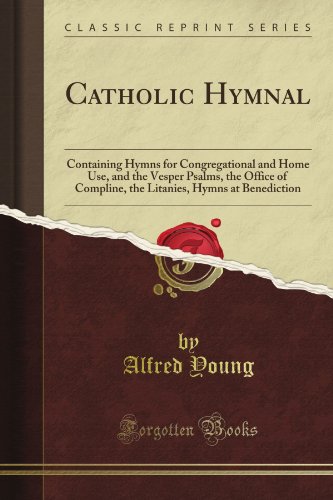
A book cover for Catholic Hymnal: Containing Hymns for Congregational and Home Use, and the Vesper Psalms, the Office of Compline, the Litanies, Hymns at Benediction (Classic Reprint); Alfred Young; Christian Books & Bibles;